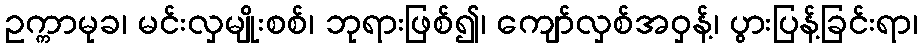
ဥက္ကာမုခ၊ မင်းလှမျိုးစစ်၊ ဘုရားဖြစ်၍၊ ကျော်လှစ်အဝှန့်၊ ပွားပြန့်ခြင်းရာ၊